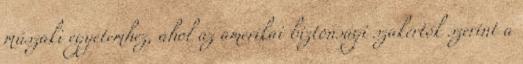
műszaki egyetemhez, ahol az amerikai biztonsági szakértők szerint a